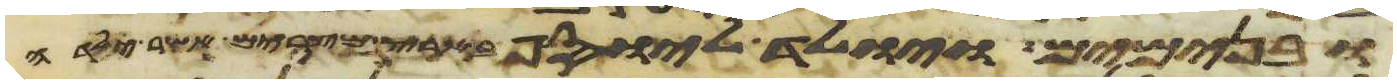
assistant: ובנימים ויולד ליוסף בארץ מצרים אשר ילדה